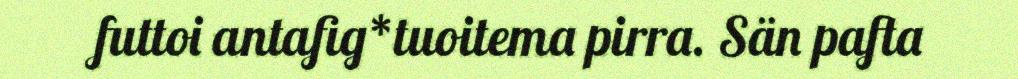
futtoi antafig*tuoitema pirra. Sän pafta